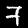
Label: 7